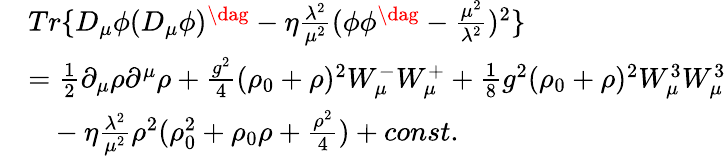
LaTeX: \begin{array}{cl}{{}}&{{Tr\{ D_{\mu}\phi(D_{\mu}\phi)^{\dag}-\eta\frac{\lambda^{2}}{\mu^{2}}(\phi{\phi}^{\dag}-\frac{{\mu}^{2}}{{\lambda}^{2}})^{2}\} }}\\ {{}}&{{=\frac{1}{2}{\partial}_{\mu}\rho{\partial}^{\mu}\rho+\frac{g^{2}}{4}(\rho_{0}+\rho)^{2}W_{\mu}^{-}W_{\mu}^{+}+\frac{1}{8}g^{2}(\rho_{0}+\rho)^{2}W_{\mu}^{3}W_{\mu}^{3}}}\\ {{}}&{{~~~-\eta\frac{\lambda^{2}}{\mu^{2}}{\rho}^{2}(\rho_{0}^{2}+\rho_{0}\rho+\frac{{\rho}^{2}}{4})+const.}}\end{array}